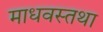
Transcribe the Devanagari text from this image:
माधवस्तथा